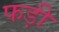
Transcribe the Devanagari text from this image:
फड़ी